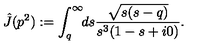
\hat { J } ( p ^ { 2 } ) : = \int _ { q } ^ { \infty } \! \! d s \frac { \sqrt { s ( s - q ) } } { s ^ { 3 } ( 1 - s + i 0 ) } .